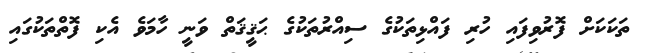
ތަކަކަށް ފޮރުވިފައި ހުރި ފައްޅިތަކުގެ ސިއްރުތަކުގެ ޙަޤީޤަތް ވަނީ ހާމަވެ އެކި ފޮތްތަކުގައި